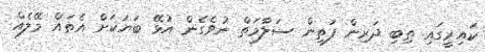
ކައިރީގައި ތިބި ދަރިން ފަތިން ސަލާމަތް ނުވެގެން އުޅޭ ބަޔަކަށް އެތައް މޭލެއް